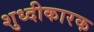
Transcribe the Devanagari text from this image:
शुध्दीकारक